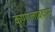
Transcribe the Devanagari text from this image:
कुणालावदान